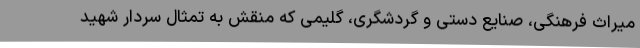
میراث فرهنگی، صنایع دستی و گردشگری، گلیمی که منقش به تمثال سردار شهید